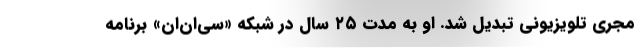
مجری تلویزیونی تبدیل شد. او به مدت ۲۵ سال در شبکه «سی‌ان‌ان» برنامه